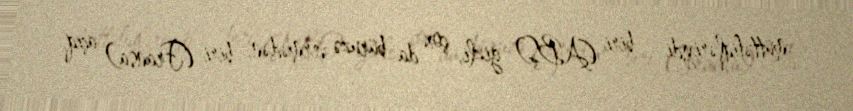
müttəfiqləriydi – biri (ABŞ) gizli, çox da büruzə vermədən, biri (Fransa) açıq,